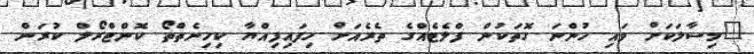
"މިސާލަކަށް ވައި ހުންނަ ގޮތަކުން ފްލެޓެއްގެ ތެރެއަށް ހިފައިފިއްޔާ ކިހިނެތްތޯ ކޮންޓްރޯލް ކުރަން